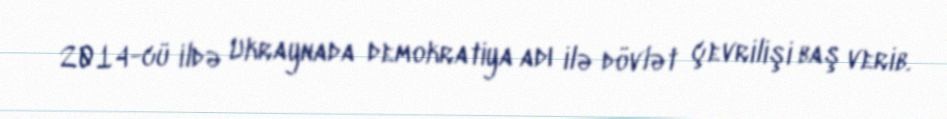
2014-cü ildə Ukraynada demokratiya adı ilə dövlət çevrilişi baş verib.